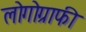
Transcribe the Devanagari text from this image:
लोगोग्राफी